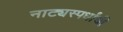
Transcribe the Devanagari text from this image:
नाट्यस्पर्धांची